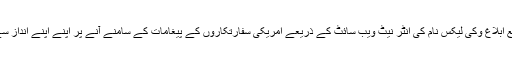
دنیا بھر میں حکومتیں اور ذرائع ابلاغ وکی لیکس نام کی انٹر نیٹ ویب سائٹ کے ذریعے امریکی سفارتکاروں کے پیغامات کے سامنے آنے پر اپنے اپنے انداز سے رد عمل ظاہر کر رہے ہیں ۔